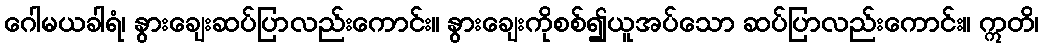
ဂေါမယခါရံ၊ နွားချေးဆပ်ပြာလည်းကောင်း။ နွားချေးကိုစစ်၍ယူအပ်သော ဆပ်ပြာလည်းကောင်း။ ဣတိ၊